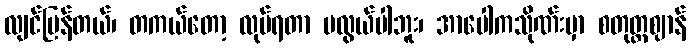
လျင်မြန်တယ်၊ တကယ်တော့ လုပ်ရတာ မလွယ်ပါဘူး၊ အာပေါကသိုဏ်းမှာ စတုတ္ထဈာန်